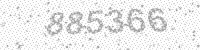
Solution: 885366